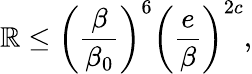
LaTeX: \mathbb{R}\leq\left(\frac{{\beta}}{{\beta_{0}}}\right)^{6}\left(\frac{{e}}{{\beta}}\right)^{2c},